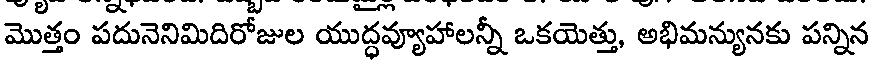
మొత్తం పదునెనిమిదిరోజుల యుద్ధవ్యూహాలన్నీ ఒకయెత్తు, అభిమన్యునకు పన్నిన